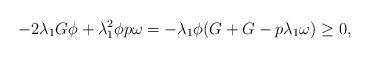
LaTeX: \begin{align*}-2\lambda_{1}G\phi+\lambda_{1}^2\phi p\omega=-\lambda_{1}\phi(G+G- p\lambda_{1} \omega)\geq0,\end{align*}